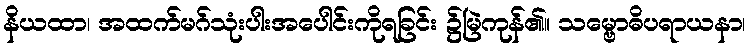
နိယထာ၊ အထက်မဂ်သုံးပါးအပေါင်းကိုရခြင်း ၌မြဲကုန်၏။ သမ္ဗောဓိပရာယနာ၊